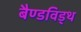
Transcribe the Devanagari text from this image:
बैण्डविड्थ